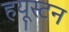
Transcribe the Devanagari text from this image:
हयूस्टन